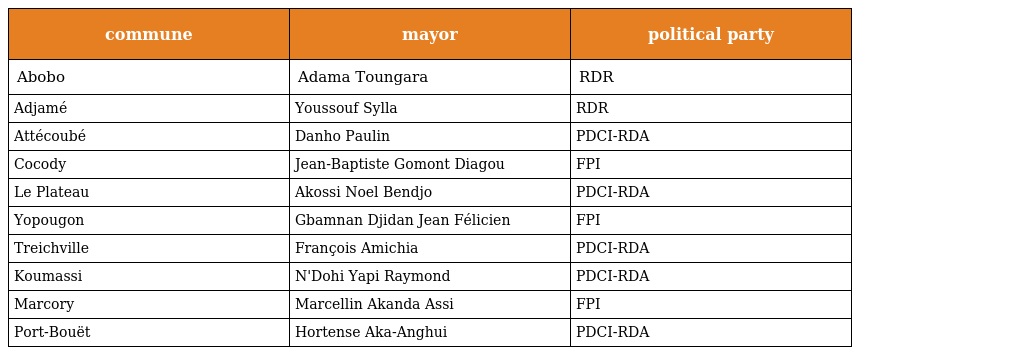
| commune | mayor | political party |
 | --- | --- | --- |
 | Abobo | Adama Toungara | RDR |
 | Adjamé | Youssouf Sylla | RDR |
 | Attécoubé | Danho Paulin | PDCI-RDA |
 | Cocody | Jean-Baptiste Gomont Diagou | FPI |
 | Le Plateau | Akossi Noel Bendjo | PDCI-RDA |
 | Yopougon | Gbamnan Djidan Jean Félicien | FPI |
 | Treichville | François Amichia | PDCI-RDA |
 | Koumassi | N'Dohi Yapi Raymond | PDCI-RDA |
 | Marcory | Marcellin Akanda Assi | FPI |
 | Port-Bouët | Hortense Aka-Anghui | PDCI-RDA |